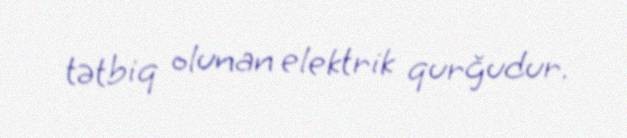
tətbiq olunan elektrik qurğudur.